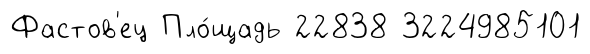
Фастов'ец Пло́щадь 22838 3224985101